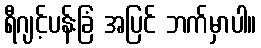
ရီဂျင့်ပန်းခြံ အပြင် ဘက်မှာပါ။